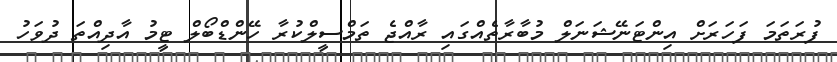
ފުރަތަމަ ފަހަރަށް އިންޓަނޭޝަނަލް މުބާރާތެއްގައި ރާއްޖެ ތަމްސީލްކުރާ ހޭންޑްބޯލް ޓީމު އާދިއްތަ ދުވަހު